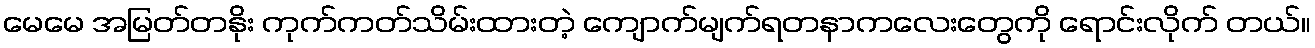
မေမေ အမြတ်တနိုး ကုက်ကတ်သိမ်းထားတဲ့ ကျောက်မျက်ရတနာကလေးတွေကို ရောင်းလိုက် တယ်။